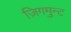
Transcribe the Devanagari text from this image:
ज़िगमुन्ट